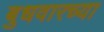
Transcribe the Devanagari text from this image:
बुधवारच्या